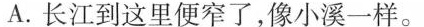
A.长江到这里便窄了,像小溪一样。